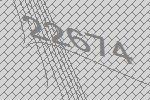
22674